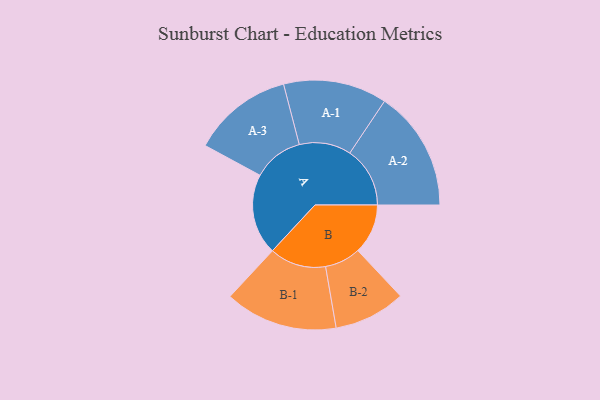
{"axis": {"x": "Segment", "y": "Value"}, "legend": ["", "A", "B"], "data": [{"x": "A", "y": 368, "type": ""}, {"x": "B", "y": 228, "type": ""}, {"x": "A-1", "y": 236, "type": "A"}, {"x": "A-2", "y": 274, "type": "A"}, {"x": "A-3", "y": 229, "type": "A"}, {"x": "B-1", "y": 257, "type": "B"}, {"x": "B-2", "y": 163, "type": "B"}]}